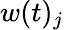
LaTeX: w(t)_{j}